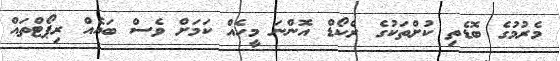
މެރުމުގެ ބޮޑެތި ކުށްތަކުގެ ރެކޯޑް އޮންނަ މީހެއް ކަމަށް ވެސް ބައެއް ރިޕޯޓްތައް